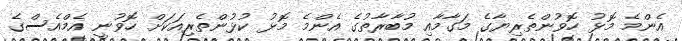
އެންމެ މޮޅު ހޮވުންތެރިޔާގެ މަގާމާއި މުބާރާތުގެ އެންމެ މޮޅު ކުޅުންތެރިއަކަށް ހޮވުނީ އެމްއެސްގެ